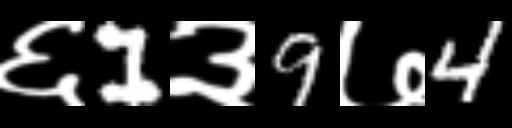
Text: ६1३9७4